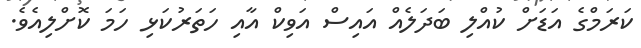
ކަރަމްގެ އަޑަށް ކުއްލި ބަދަލެއް އައިސް އަވިކް އާއި ހަތަރުކަޅި ހަމަ ކޮށްލިއެވެ.